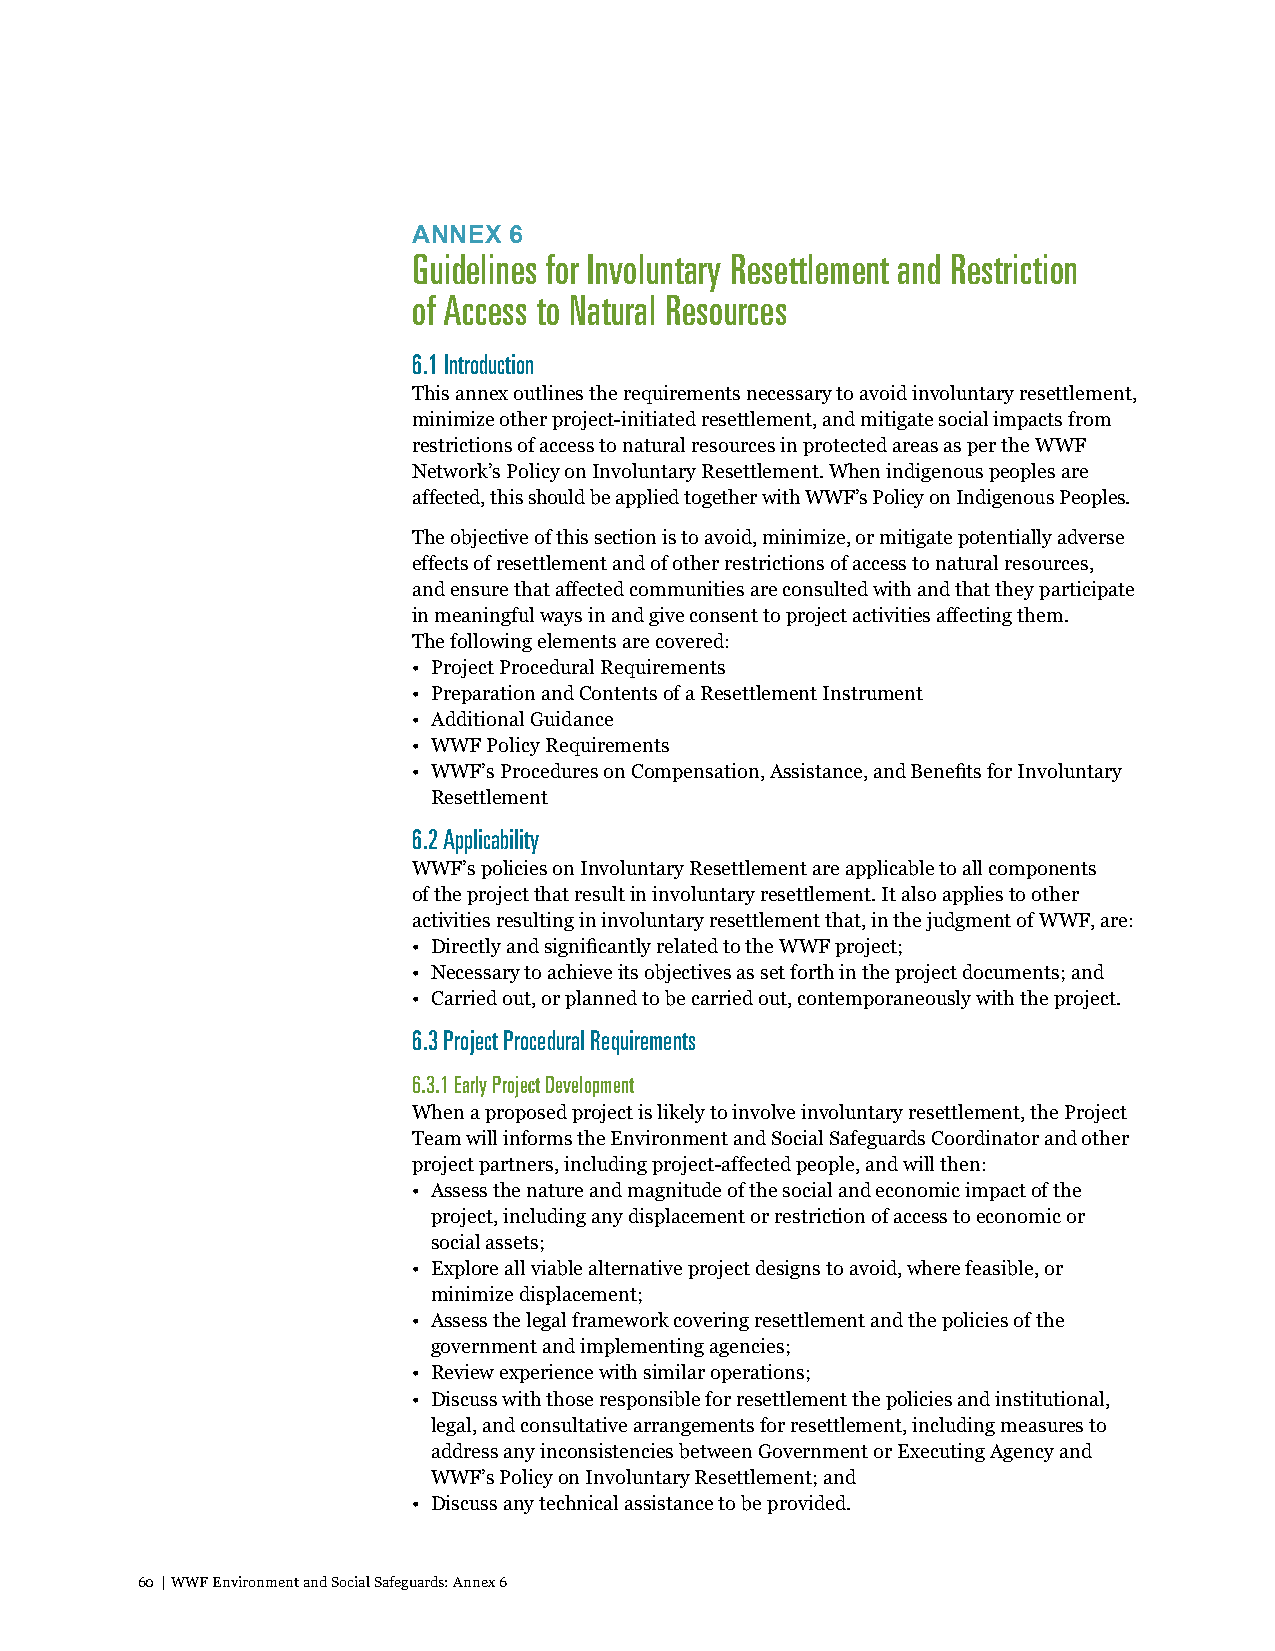
ANNEX  6
 Guidelines for Involuntary Resettlement and Restriction
 of Access to Natural Resources
 6.1 Introduction
 This annex outlines the requirements necessary to avoid involuntary resettlement,
 minimize other project-initiated resettlement, and mitigate social impacts from
 restrictions of access to natural resources in protected areas as per the WWF
 Network’s Policy on Involuntary Resettlement. When indigenous peoples are
 affected, this should be applied together with WWF’s Policy on Indigenous Peoples.
 The objective of this section is to avoid, minimize, or mitigate potentially adverse
 effects of resettlement and of other restrictions of access to natural resources,
 and ensure that affected communities are consulted with and that they participate
 in meaningful ways in and give consent to project activities affecting them.
 The following elements are covered:
 • Project Procedural Requirements
 • Preparation and Contents of a Resettlement Instrument
 • Additional Guidance
 • WWF Policy Requirements
 • WWF’s Procedures on Compensation, Assistance, and Benefits for Involuntary
 Resettlement
 6.2 Applicability
 WWF’s policies on Involuntary Resettlement are applicable to all components
 of the project that result in involuntary resettlement. It also applies to other
 activities resulting in involuntary resettlement that, in the judgment of WWF, are:
 • Directly and significantly related to the WWF project;
 • Necessary to achieve its objectives as set forth in the project documents; and
 • Carried out, or planned to be carried out, contemporaneously with the project.
 6.3 Project Procedural Requirements
 6.3.1 Early Project Development
 When a proposed project is likely to involve involuntary resettlement, the Project
 Team will informs the Environment and Social Safeguards Coordinator and other
 project partners, including project-affected people, and will then:
 • Assess the nature and magnitude of the social and economic impact of the
 project, including any displacement or restriction of access to economic or
 social assets;
 • Explore all viable alternative project designs to avoid, where feasible, or
 minimize displacement;
 • Assess the legal framework covering resettlement and the policies of the
 government and implementing agencies;
 • Review experience with similar operations;
 • Discuss with those responsible for resettlement the policies and institutional,
 legal, and consultative arrangements for resettlement, including measures to
 address any inconsistencies between Government or Executing Agency and
 WWF’s Policy on Involuntary Resettlement; and
 • Discuss any technical assistance to be provided.
 60 | WWF Environment and Social Safeguards: Annex 6